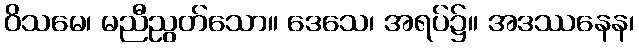
ဝိသမေ၊ မညီညွတ်သော။ ဒေသေ၊ အရပ်၌။ အဒဿနေန၊